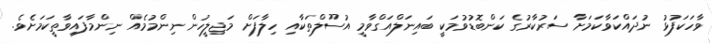
ވާހަކަފުޅު ނުދައްކަވާކަމަށާ ސަރުކާރުގެ ކަންބޮޑުވުމަކީ ބައިނަލްއަގްވާމީ އުސޫލްތަކާއި ހިލާފަށް މަޖިލީހުން ނިންމުމެއް ނިންމާފައިވާތީކަމަށެވެ.